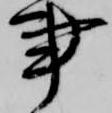
事